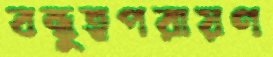
বন্ধুত্বপরায়ণ